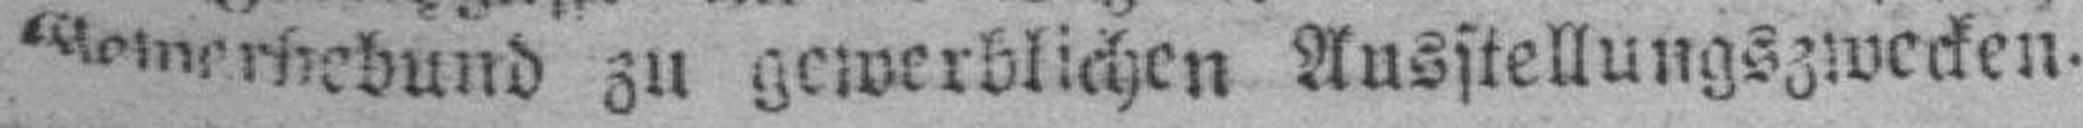
Geinerhebund zu gewerblichen Ausstellungszwecken.